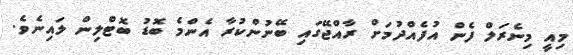
މިއީ މިނެރަލް ފެން އުފެއްދުމަށް ރާއްޖޭގައި ބޭނުންކުރާ އެންމެ ބޮޑު ބޮޓްލިން ލައިނެވެ.